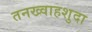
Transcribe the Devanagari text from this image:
तनख्वाहशुदा